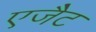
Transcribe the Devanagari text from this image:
एजैेट